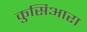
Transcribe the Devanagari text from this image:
कुसिआरा